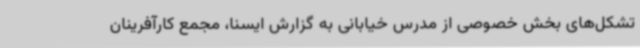
تشکل‌های بخش خصوصی از مدرس خیابانی به گزارش ایسنا، مجمع کارآفرینان